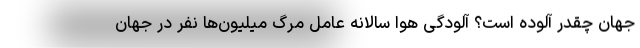
جهان چقدر آلوده است؟ آلودگی هوا سالانه عامل مرگ میلیون‌ها نفر در جهان